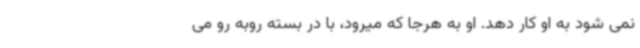
نمی شود به او کار دهد. او به هرجا که میرود، با در بسته روبه رو می